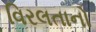
વિરલતાનો